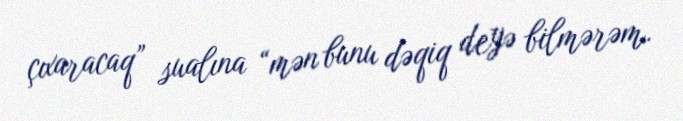
çıxaracaq” sualına “mən bunu dəqiq deyə bilmərəm.